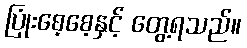
ပြုံးစေ့စေ့နှင့် တွေ့ရသည်။